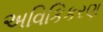
અવિકિકરણ